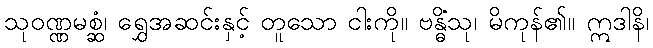
သုဝဏ္ဏမစ္ဆံ၊ ရွှေအဆင်းနှင့် တူသော ငါးကို။ ဗန္ဓိံသု၊ မိကုန်၏။ ဣဒါနိ၊